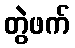
တွဲဖက်